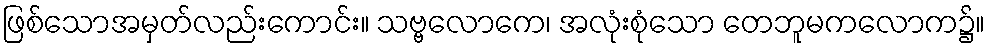
ဖြစ်သောအမှတ်လည်းကောင်း။ သဗ္ဗလောကေ၊ အလုံးစုံသော တေဘူမကလောက၌။